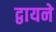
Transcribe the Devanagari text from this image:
द्वायने